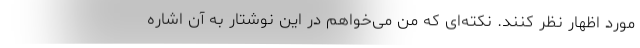
مورد اظهار نظر کنند. نکته‌ای که من می‌خواهم در این نوشتار به آن اشاره